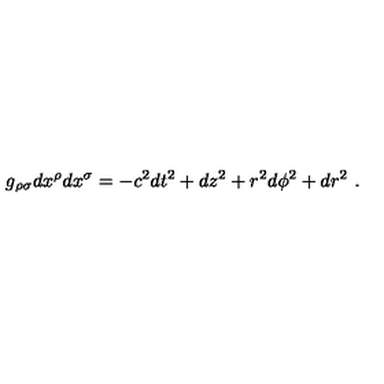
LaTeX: g _ { \rho \sigma } d x ^ { \rho } d x ^ { \sigma } = - c ^ { 2 } d t ^ { 2 } + d z ^ { 2 } + r ^ { 2 } d \phi ^ { 2 } + d r ^ { 2 } \ .